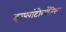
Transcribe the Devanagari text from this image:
इम्प्लांटोलॉजिस्ट